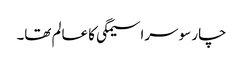
چار سو سراسیمگی کا عالم تھا۔